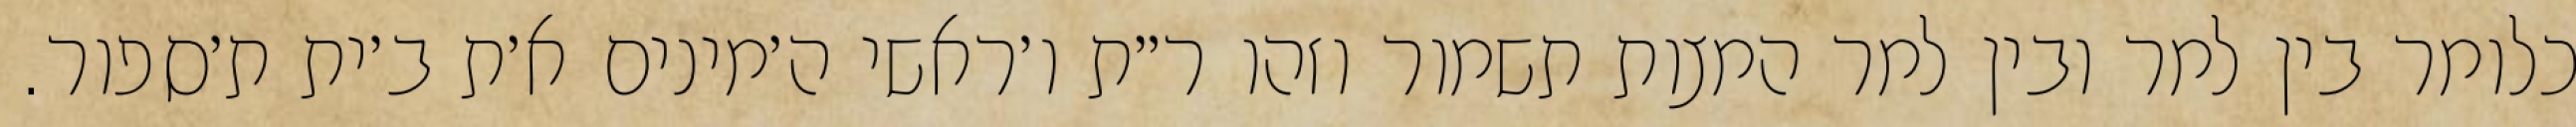
כלומר בין למר ובין למר המצות תשמור וזהו ר״ת ו׳ראשי ה׳מינים א׳ת ב׳ית ת׳ספור.